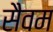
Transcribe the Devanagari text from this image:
सैवम